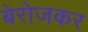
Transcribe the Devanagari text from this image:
बेरोजकर